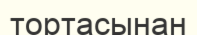
тортасынан